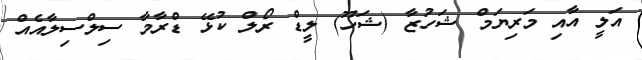
އަލީ އާއި މަރިޔަމް ޝަހުޒާ (ޝަހޫ) ލީޑް ރޯލް ކުޅޭ ޑްރާމާ ސިލްސިލާއެއް